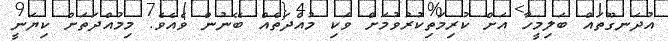
އުދަނގޫތައް ބަލިމީހާ އަށް ކުރިމަތިކުރުވުމަށް ވަކި މުއްދަތެއް ބޭނުން ވެއެވެ. މިމުއްދަތަށް ކިޔަނީ